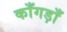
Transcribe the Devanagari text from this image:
काँगड़ाँ